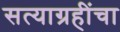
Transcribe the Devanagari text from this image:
सत्याग्रहींचा